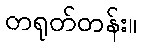
တရုတ်တန်း။